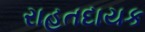
રાહતદાયક